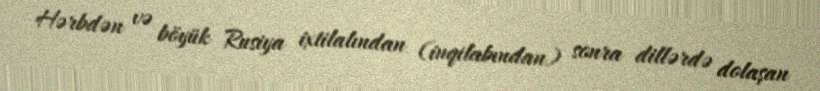
Hərbdən və böyük Rusiya ixtilalından (inqilabından) sonra dillərdə dolaşan